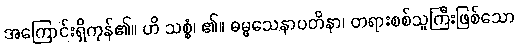
အကြောင်းရှိကုန်၏။ ဟိ သစ္စံ၊ ၏။ ဓမ္မသေနာပတိနာ၊ တရားစစ်သူကြီးဖြစ်သော